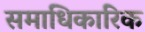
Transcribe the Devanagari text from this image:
समाधिकारिक